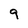
Character: 9